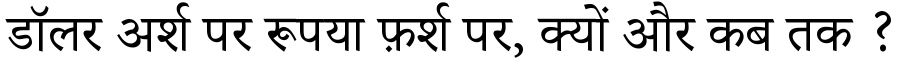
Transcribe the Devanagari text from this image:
डॉलर अर्श पर रूपया फ़र्श पर, क्यों और कब तक ?